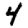
Digit: 4